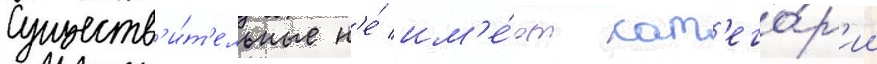
Существ'и́т'ельные н'е́ им'е́ют кат'его́р'ии